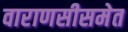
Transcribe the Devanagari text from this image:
वाराणसीसमेत